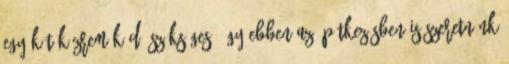
egy-két közreműködő szükséges, így ebben az építkezésben is szeretnénk